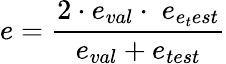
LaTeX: e=\frac{2\cdot e_{val}\cdot\; e_{e_{t}est}}{e_{val}+e_{test}}